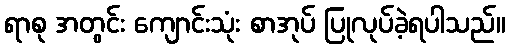
ရာစု အတွင်း ကျောင်းသုံး စာအုပ် ပြုလုပ်ခဲ့ရပါသည်။